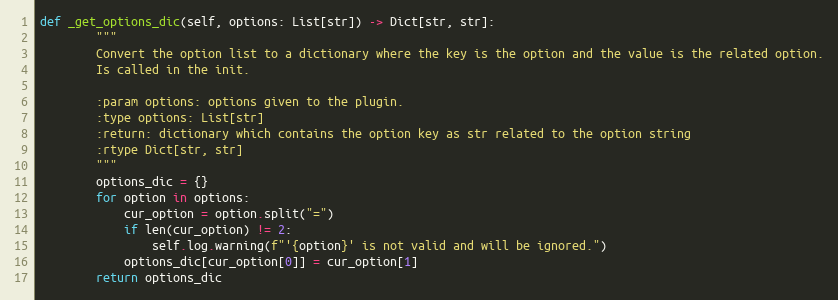
Language: Python
def _get_options_dic(self, options: List[str]) -> Dict[str, str]:
        """
        Convert the option list to a dictionary where the key is the option and the value is the related option.
        Is called in the init.

        :param options: options given to the plugin.
        :type options: List[str]
        :return: dictionary which contains the option key as str related to the option string
        :rtype Dict[str, str]
        """
        options_dic = {}
        for option in options:
            cur_option = option.split("=")
            if len(cur_option) != 2:
                self.log.warning(f"'{option}' is not valid and will be ignored.")
            options_dic[cur_option[0]] = cur_option[1]
        return options_dic